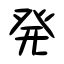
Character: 発